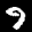
Label: 9